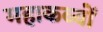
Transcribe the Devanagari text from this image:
महाकव्यों